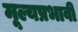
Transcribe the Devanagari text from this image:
मूल्यप्रभावी